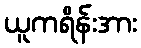
ယူကရိန်းအား